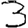
Digit: 3